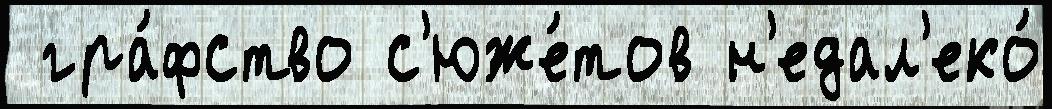
 гра́фство с'юже́тов н'едал'еко́